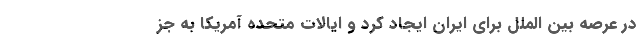
در عرصه بین الملل برای ایران ایجاد کرد و ایالات متحده آمریکا به جز